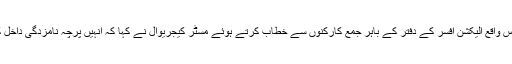
انڈیا گیٹ کے قریب جام نگر ہاؤس واقع الیکشن افسر کے دفتر کے باہر جمع کارکنوں سے خطاب کرتے ہوئے مسٹر کیجریوال نے کہا کہ انہیں پرچہ نامزدگی داخل کے لئے شام تین بجے پہنچنا تھا۔